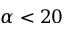
\alpha < 2 0